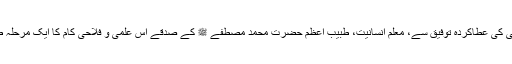
اللہ تعالیٰ کی عطاکردہ توفیق سے، معلم انسانیت، طبیب اعظم حضرت محمد مصطفےٰ ﷺ کے صدقے اس علمی و فلاحی کام کا ایک مرحلہ طے ہوا۔